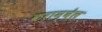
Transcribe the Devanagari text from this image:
कराम्बेल